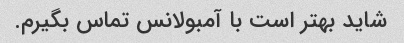
شاید بهتر است با آمبولانس تماس بگیرم.